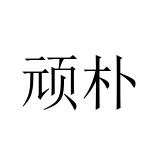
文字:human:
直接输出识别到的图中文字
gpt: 顽朴